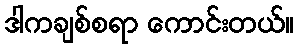
ဒါကချစ်စရာ ကောင်းတယ်။